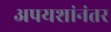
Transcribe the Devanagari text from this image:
अपयशांनंतर